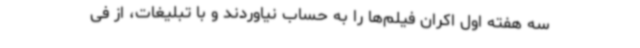
سه هفته اول اکران فیلم‌ها را به حساب نیاوردند و با تبلیغات، از فی